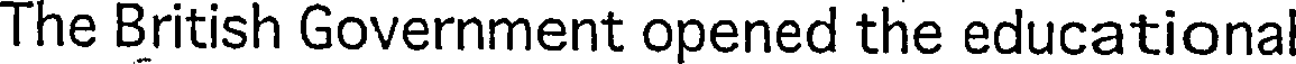
The British Government opened the educationa